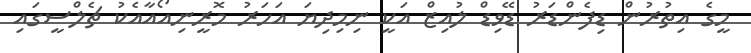
މީގެ އިތުރުން ޑިފެންޑަރު ޑޭވިޑް ލުއިޒް އަކީ ނިމިދިޔަ އަހަރު މޮރީނިއޯއާއެކު ޗެލްސީގައި